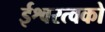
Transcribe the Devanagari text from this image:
ईश्वरत्वको